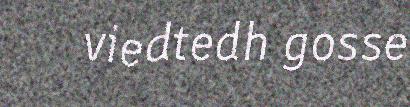
viedtedh gosse